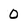
Character: 0